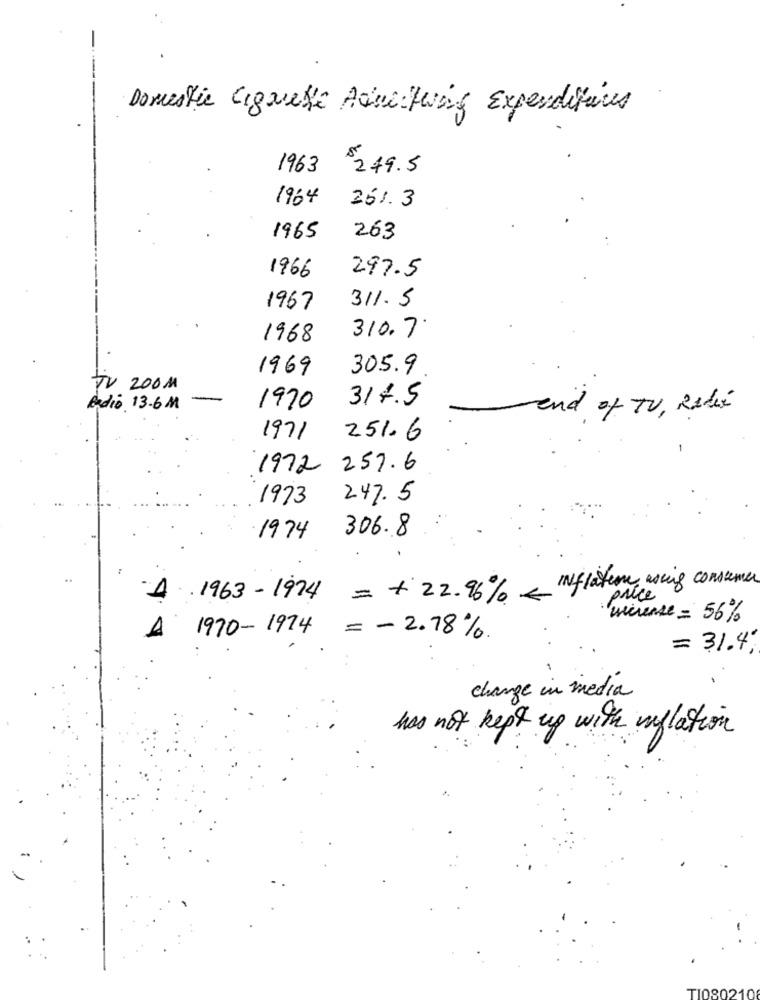
Domestic Cignetti Admitwing Expenditures
1963
$279.5
1964
251. 3
1965
263
1966
297.5
311. 5
1967
1968
310. 7'
1969
305.9
TV 200M
317.5
Radio 13.6M
1970
-end of TV, Redis
1971
251.6
1972
257.6
1973
247.5
306.8
1974
= + 22.96% < Inflation wing consumer
4
.1963-1974
wcrease = 56%
1970-1974
1
= - 2.78%
= 31.4;
change in media
has not kept up with inflation
TI080210